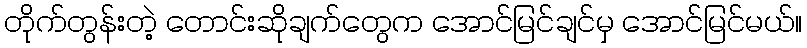
တိုက်တွန်းတဲ့ တောင်းဆိုချက်တွေက အောင်မြင်ချင်မှ အောင်မြင်မယ်။